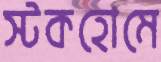
স্টকহোমে